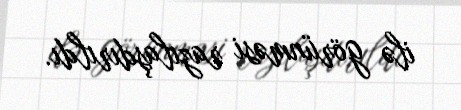
ilə görünməsi razılaşdırıldı.